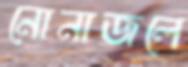
নোনাজলে